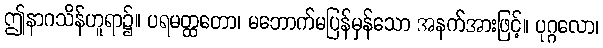
ဤနာဂသိန်ဟူရာ၌။ ပရမတ္ထတော၊ မဘောက်မပြန်မှန်သော အနက်အားဖြင့်။ ပုဂ္ဂလော၊